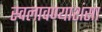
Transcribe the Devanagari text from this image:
स्वलावण्याशंसा